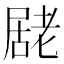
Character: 𭕮